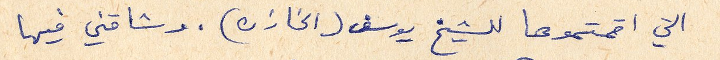
التي اقمتموها للشيخ يوسف (الخازن). وشاقني فيها